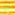
عن